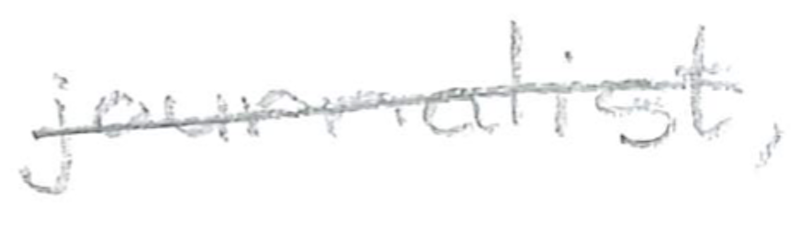
Text: journalist,
Cross-out: single-line
Writing tool: pencil